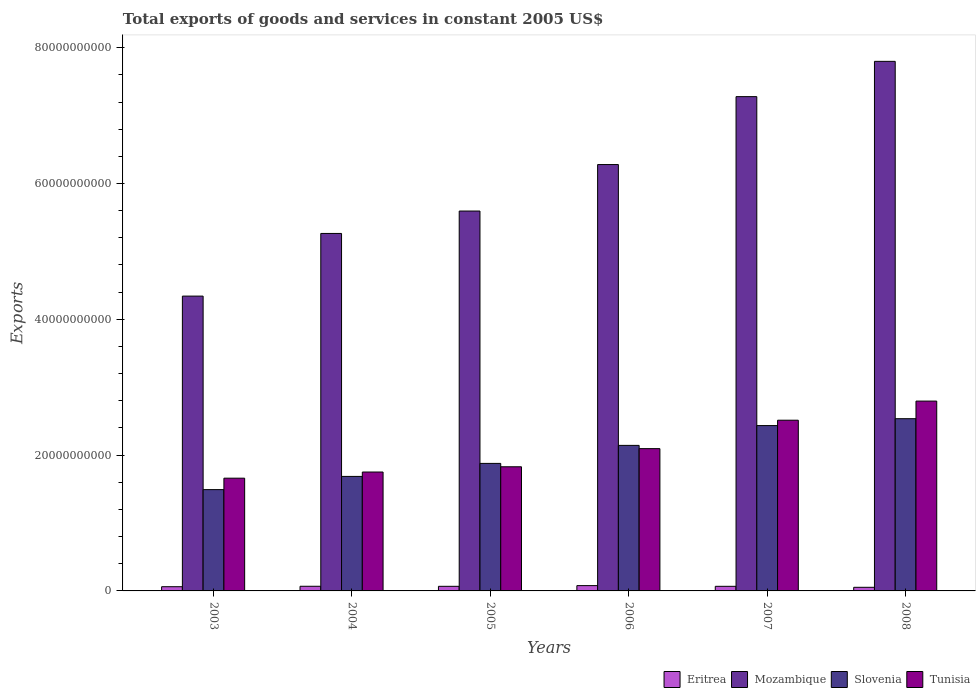
| Years | Eritrea | Mozambique | Slovenia | Tunisia |
 | --- | --- | --- | --- | --- |
 | 2003 | 6.21e+08 | 4.34e+10 | 1.49e+10 | 1.66e+10 |
 | 2004 | 6.85e+08 | 5.26e+10 | 1.69e+10 | 1.75e+10 |
 | 2005 | 6.78e+08 | 5.59e+10 | 1.88e+10 | 1.83e+10 |
 | 2006 | 7.8e+08 | 6.28e+10 | 2.14e+10 | 2.1e+10 |
 | 2007 | 6.78e+08 | 7.28e+10 | 2.44e+10 | 2.51e+10 |
 | 2008 | 5.33e+08 | 7.8e+10 | 2.54e+10 | 2.8e+10 |